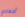
أحفادي